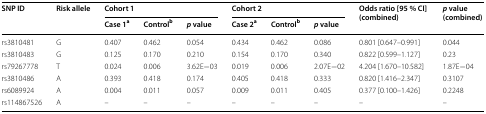
<table><thead><tr><td rowspan="2"><b>SNP ID</b></td><td rowspan="2"><b>Risk allele</b></td><td colspan="3"><b>Cohort 1</b></td><td colspan="3"><b>Cohort 2</b></td><td rowspan="2"><b>Odds ratio [95 % CI](combined)</b></td><td rowspan="2"><b><i>p</i> value (combined)</b></td></tr><tr><td><b>Case 1<sup>a</sup></b></td><td><b>Control<sup>b</sup></b></td><td><b><i>p</i> value</b></td><td><b>Case 2<sup>a</sup></b></td><td><b>Control<sup>b</sup></b></td><td><b><i>p</i> value</b></td></tr></thead><tbody><tr><td>rs3810481</td><td>G</td><td>0.407</td><td>0.462</td><td>0.054</td><td>0.434</td><td>0.462</td><td>0.086</td><td>0.801 [0.647–0.991]</td><td>0.044</td></tr><tr><td>rs3810483</td><td>G</td><td>0.125</td><td>0.170</td><td>0.210</td><td>0.154</td><td>0.170</td><td>0.340</td><td>0.822 [0.599–1.127]</td><td>0.23</td></tr><tr><td>rs79267778</td><td>T</td><td>0.024</td><td>0.006</td><td>3.62E−03</td><td>0.019</td><td>0.006</td><td>2.07E−02</td><td>4.204 [1.670–10.582]</td><td>1.87E−04</td></tr><tr><td>rs3810486</td><td>A</td><td>0.393</td><td>0.418</td><td>0.174</td><td>0.405</td><td>0.418</td><td>0.333</td><td>0.820 [1.416–2.347]</td><td>0.3107</td></tr><tr><td>rs6089924</td><td>A</td><td>0.004</td><td>0.011</td><td>0.057</td><td>0.009</td><td>0.011</td><td>0.405</td><td>0.377 [0.100–1.426]</td><td>0.2248</td></tr><tr><td>rs114867526</td><td>A</td><td>–</td><td>–</td><td>–</td><td>–</td><td>–</td><td>–</td><td>–</td><td>–</td></tr></tbody></table>